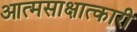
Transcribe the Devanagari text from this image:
आत्मसाक्षात्कारी